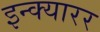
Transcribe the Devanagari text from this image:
इन्क्यारर